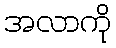
အလာကို